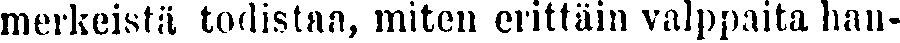
merkeistä todistaa, miten erittäin valppaita han-